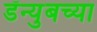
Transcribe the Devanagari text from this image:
डॅन्युबच्या